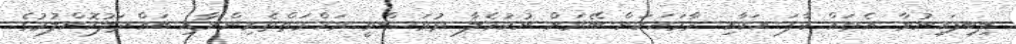
ލިބިފައިނުވާ އެތައް ކާފަ އަކާއި މާމައަކަށް ބޭރަށް ނުކުމެލާ ދުވަސްވީ ރަހްމަތްތެރިންނާއި ބައްދަލުކޮށްލުމުގެ